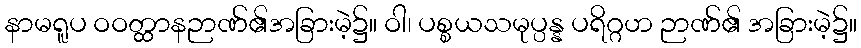
နာမရူပ ဝဝတ္ထာနဉာဏ်၏အခြားမဲ့၌။ ဝါ၊ ပစ္စယသမုပ္ပန္န ပရိဂ္ဂဟ ဉာဏ်၏ အခြားမဲ့၌။